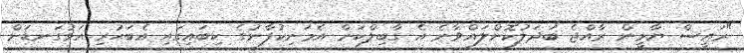
"ރައީސް ޔާމީން ރާއްޖެ ބަދަލުކޮށްލައްވާނެ އެ ގާބިލްކަން އެމަނިކުފާނުގެ ކިބައިގައި އެބަހުރި އަޅުގަނޑަށް